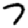
Digit: 7